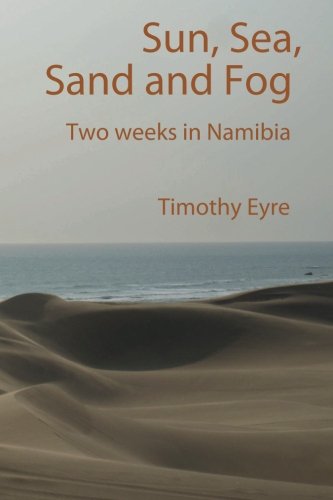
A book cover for Sun, Sea, Sand and Fog: Two weeks in Namibia; Timothy Eyre; Travel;